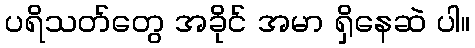
ပရိသတ်တွေ အခိုင် အမာ ရှိနေဆဲ ပါ။